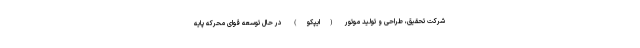
شرکت تحقیق، طراحی و تولید موتور (ایپکو) در حال توسعه قوای محرکه پایه